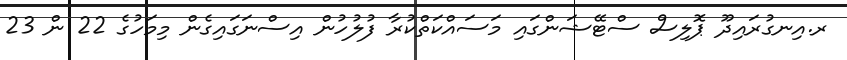
ރ.އިނގުރައިދޫ ޕޮލިސް ސްޓޭޝަންގައި މަސައްކަތްކުރާ ފުލުހުން އިސްނަގައިގެން މިމަހުގެ 22 ން 23